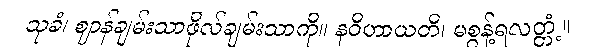
သုခံ၊ ဈာန်ချမ်းသာဖိုလ်ချမ်းသာကို။ နဝိဟာယတိ၊ မစွန့်ရလတ္တံ့။